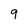
Character: q